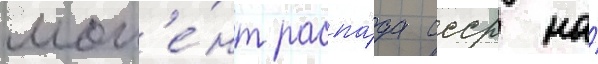
мом'е́нт распа́да ссср на́